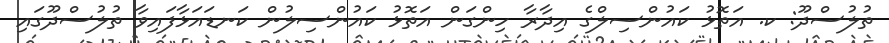
ތުލުސްދޫ: ކ. އަތޮޅު ކައުންސިލްގެ އިދާރާ ހިންގަން އަތޮޅު ކައުންސިލުން ކަނޑައަޅާފައިވާ ތުލުސްދޫގައި